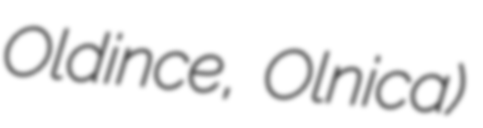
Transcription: Oldince, Olnica)